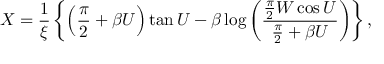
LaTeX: X = { \frac { 1 } { \xi } } \left\{ \left( { \frac { \pi } { 2 } } + \beta U \right) \tan U - \beta \log \left( { \frac { { \frac { \pi } { 2 } } W \cos U } { { \frac { \pi } { 2 } } + \beta U } } \right) \right\} ,